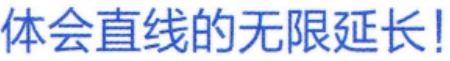
体会直线的无限延长!